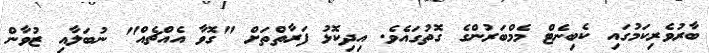
ބާރުވެރިކަމުގައި ކެބިނެޓް މެމްބަރުންގެ ގޮތުގައެވެ. އިދިކޮޅު ފަރާތްތަށް "ގޮވާ އެއްޗެއް" ނުބަލާއި ޒުވާން